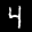
Label: 4